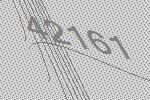
42161